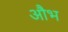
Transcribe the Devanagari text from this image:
औभ